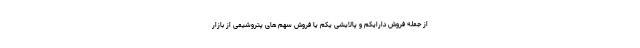
از جمله فروش دارایکم و پالایشی یکم یا فروش سهم های پتروشیمی از بازار